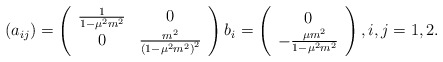
\begin{align*}(a_{ij})=\left(\begin{array}{cc}\frac{1}{1-{\mu}^2m^2} & 0\\0 & \frac{m^2}{\left(1-{\mu}^2m^2\right)^2}\end{array}\right)b_i=\left(\begin{array}{c}0 \\-\frac{\mu m^2}{1-{\mu}^2m^2}\end{array}\right),i,j=1,2.\end{align*}